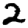
Digit: 2